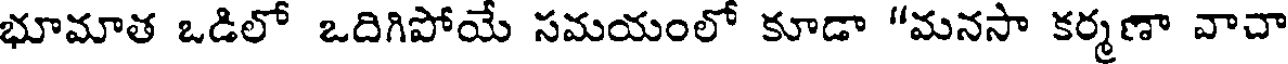
భూమాత ఒడిలో ఒదిగిపోయే సమయంలో కూడా "మనసా కర్మణా వాచా